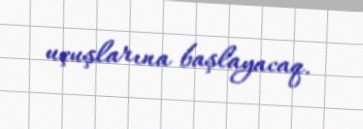
uçuşlarına başlayacaq.